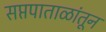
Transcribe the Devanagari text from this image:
सप्तपाताळांतून